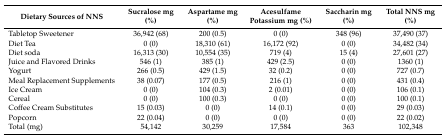
| Dietary Sources of NNS | Sucralose mg (%) | Aspartame mg (%) | Acesulfame Potassium mg (%) | Saccharin mg (%) | Total NNS mg (%) |
 | --- | --- | --- | --- | --- | --- |
 | Tabletop Sweetener | 36,942 (68) | 200 (0.5) | 0 (0) | 348 (96) | 37,490 (37) |
 | Diet Tea | 0 (0) | 18,310 (61) | 16,172 (92) | 0 (0) | 34,482 (34) |
 | Diet soda | 16,313 (30) | 10,554 (35) | 719 (4) | 15 (4) | 27,601 (27) |
 | Juice and Flavored Drinks | 546 (1) | 385 (1) | 429 (2.5) | 0 (0) | 1360 (1) |
 | Yogurt | 266 (0.5) | 429 (1.5) | 32 (0.2) | 0 (0) | 727 (0.7) |
 | Meal Replacement Supplements | 38 (0.07) | 177 (0.5) | 216 (1) | 0 (0) | 431 (0.4) |
 | Ice Cream | 0 (0) | 104 (0.3) | 2 (0.01) | 0 (0) | 106 (0.1) |
 | Cereal | 0 (0) | 100 (0.3) | 0 (0) | 0 (0) | 100 (0.1) |
 | Coffee Cream Substitutes | 15 (0.03) | 0 (0) | 14 (0.1) | 0 (0) | 29 (0.03) |
 | Popcorn | 22 (0.04) | 0 (0) | 0 (0) | 0 (0) | 22 (0.02) |
 | Total (mg) | 54,142 | 30,259 | 17,584 | 363 | 102,348 |